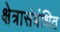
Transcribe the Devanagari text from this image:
क्षेत्रासंबंधित